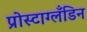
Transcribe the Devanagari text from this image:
प्रोस्टाग्लँडिन